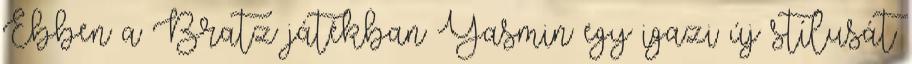
Ebben a Bratz játékban Yasmin egy igazi új stílusát